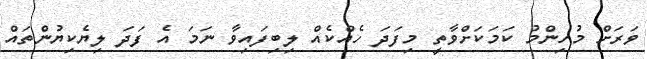
ވަރަށް މުހިންމު ކަމަކަށްވާތީ މިފަދަ ހެއްކެއް ލިބިފައިވާ ނަމަ އެ ފަދަ ލިޔެކިޔުންތައް